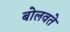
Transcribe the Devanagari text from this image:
बोलवते